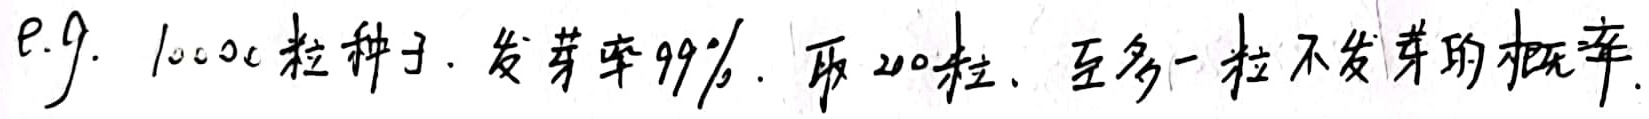
e.g. 1000粒种子，发芽率99%，取200粒，至多一粒不发芽的概率.